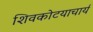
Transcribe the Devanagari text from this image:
शिवकोटयाचार्य